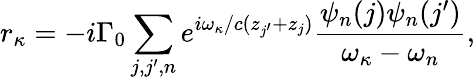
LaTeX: r_{\kappa}=-i{\Gamma_{0}}\sum_{j,j^{\prime},n}^{}{{e^{i\omega_{\kappa}/c({z_{j^{\prime}}}+{z_{j}})}}\frac{\psi_{n}(j)\psi_{n}(j^{\prime})}{\omega_{\kappa}-\omega_{n}}},